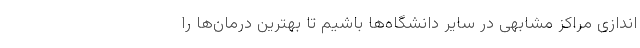
اندازی مراکز مشابهی در سایر دانشگاه‌ها باشیم تا بهترین درمان‌ها را